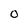
Character: O